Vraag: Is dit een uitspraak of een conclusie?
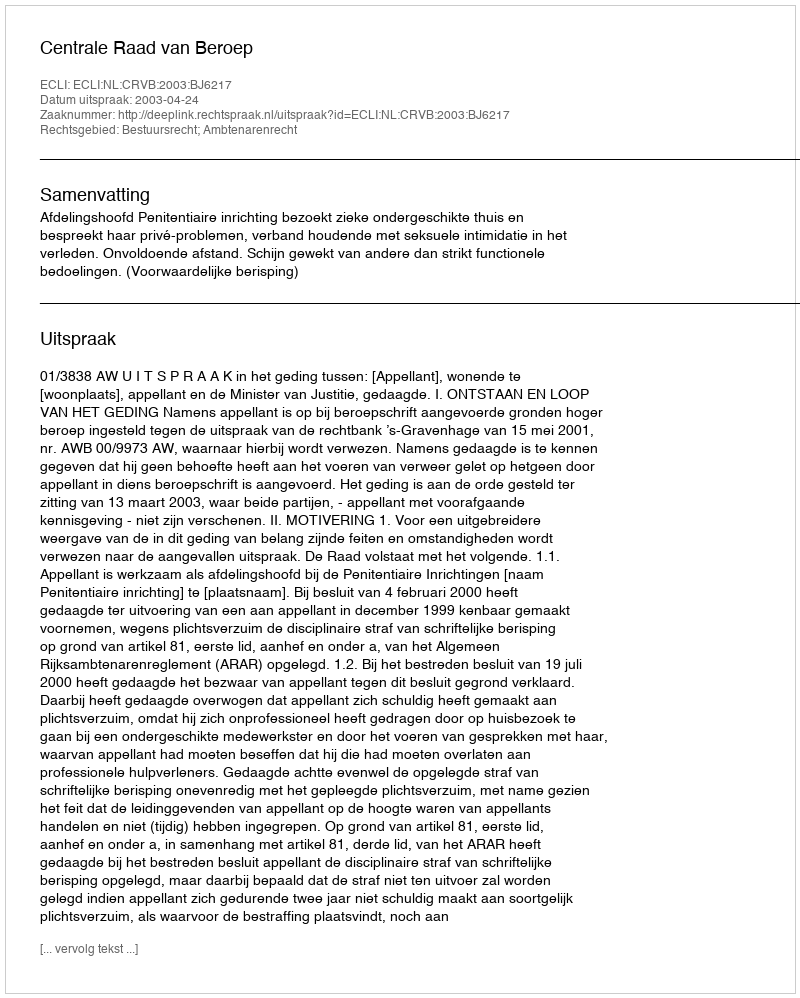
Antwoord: Uitspraak